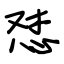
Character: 怼